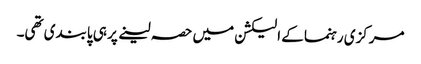
مرکزی رہنما کے الیکشن میں حصہ لینے پر ہی پابندی تھی۔